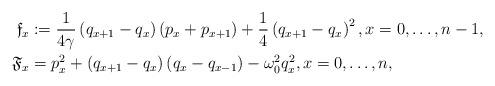
LaTeX: \begin{align*} \frak f_x &:= \frac 1{4\gamma} \left(q_{x+1} - q_x\right)\left(p_x + p_{x+1}\right) + \frac 14 \left(q_{x+1} - q_x\right)^2 ,x=0, \dots, n-1,\\\mathfrak F_x &= p_x^2 + \left(q_{x+1} - q_x\right) \left(q_{x} - q_{x-1}\right) -\omega_0^2 q_x^2,x=0,\dots, n,\end{align*}